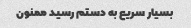
بسیار سریع به دستم رسید ممنون